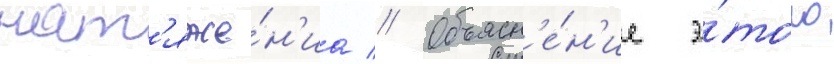
нат'яже́н'иа // Объясн'е́н'ие э́того